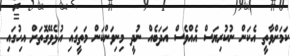
ކަމަށްވާތީ އެކަން ނުކުރިޔަސް އެއްވެސް އަދަބެއް ނުދީ މިނިވަންކަން މަތީގައި އުޅެވޭގޮތަށް އިހުގައި